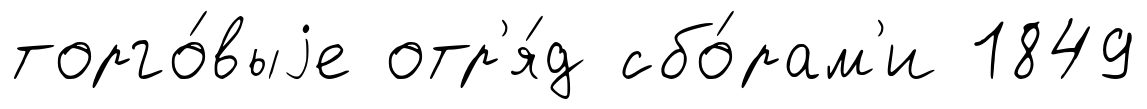
торго́выjе отр'я́д сбо́рам'и 1849